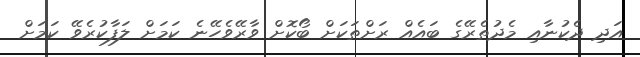
އަދި ދެކުނާއި މެދުތެރޭގެ ބައެއް ރަށްތަކަށް ބޯކޮށް ވާރޭވެހޭނެ ކަމަށް ލަފާކުރެވޭ ކަމަށް